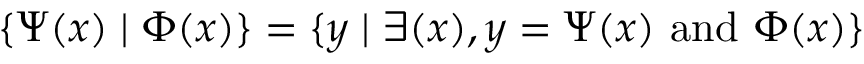
\{ \Psi ( x ) \mid \Phi ( x ) \} = \{ y \mid \exists ( x ) , y = \Psi ( x ) { \mathrm { ~ a n d ~ } } \Phi ( x ) \}